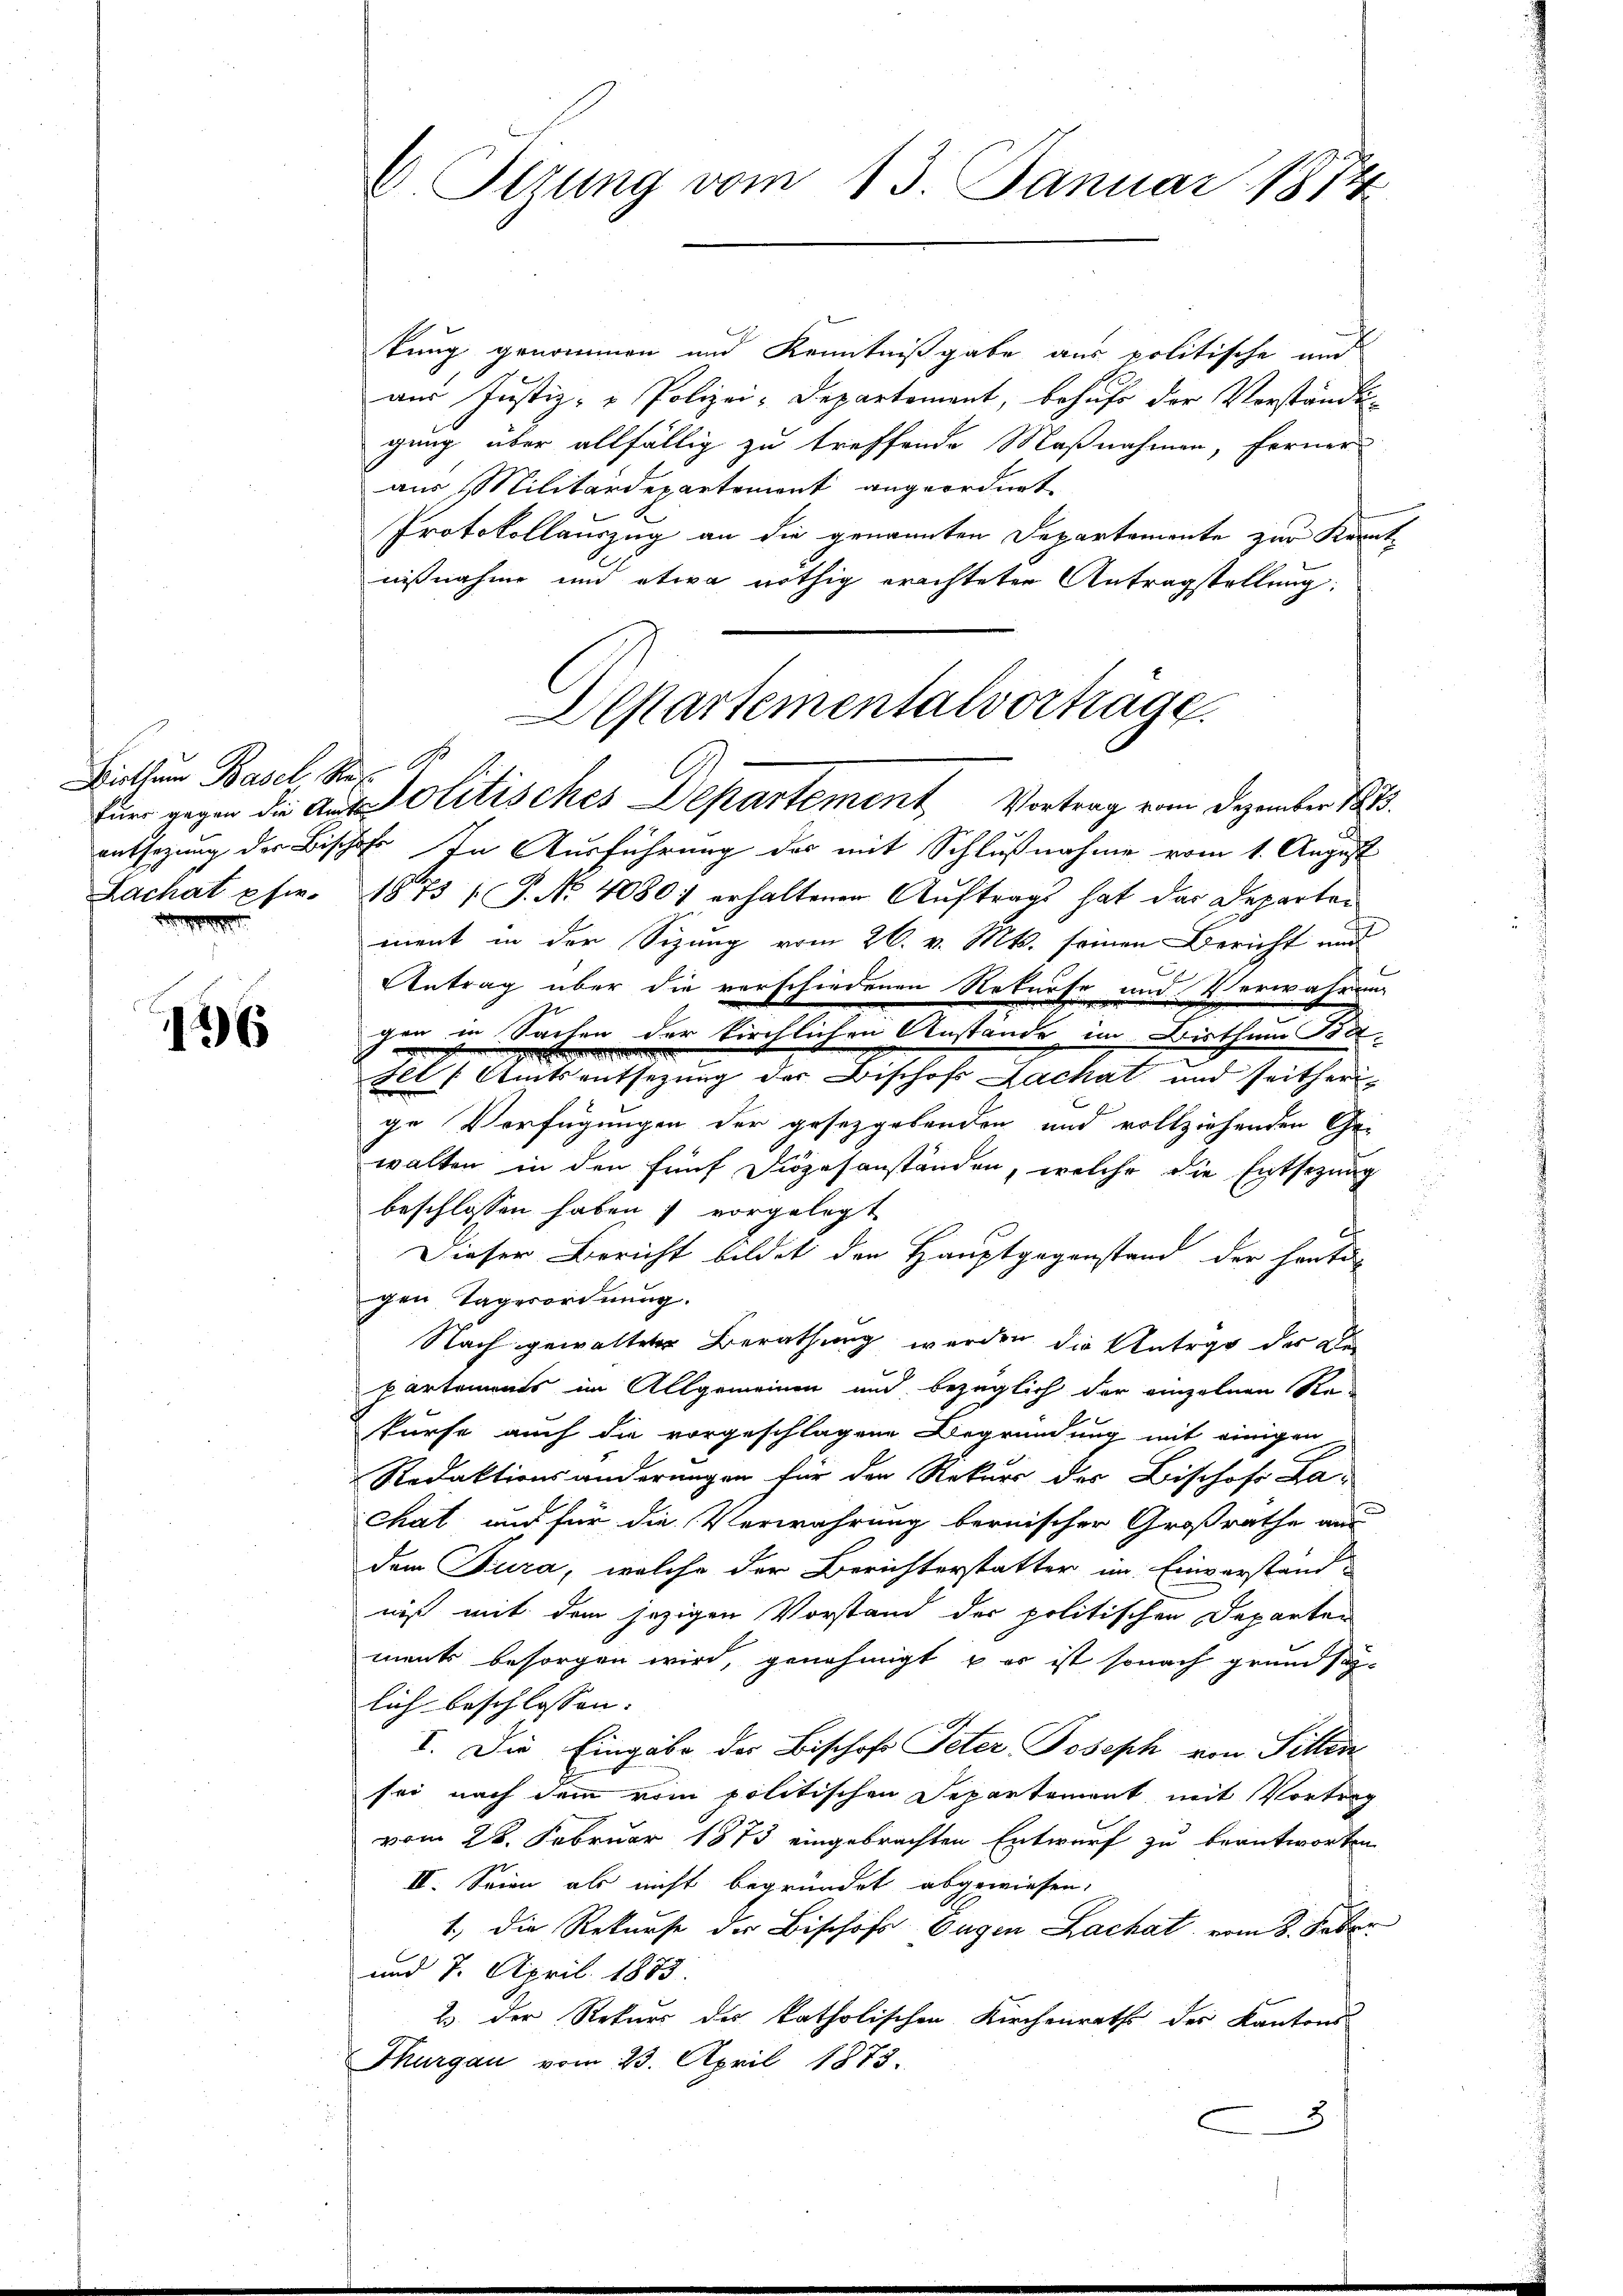
Bisthum Basel Res

176

kung genommen und Kenntnißgabe aus politische und
aŭs Justiz- u Polizei-Departement, behŭfs der Verständi
gung über allfällig zu treffende Maßnahmen, ferner
aus Militärdepartement angeordnet.
Protokollauszug an die genannten Departemente zur Kenntnißnahme und etwa nöthig erachteten Antragstellung:
Fürr gegen die Auf Solitisches Departement, Vortrag vom Dezember 1883.
eussezung der Bischof In Ausführung des mit Schlußnahme vom 1. August
Lachat pfer. 1875 P. No 40801 erhaltenen Aŭftrags hat das Departen
ment in der Sizung vom 26. v. Mts. seinen Bericht und
Antrag über die verschiedenen Rekurse und Verwahrung
gen in Sachen der kirchlichen Anstände im Bisthum Tod
.
Fel (Amtsentsezung der Bischof Zachat und seitherige Verfügungen der gesetzgebenden und vollziehenden Gewalten in den fünf Diözesanständen, welche die Entsezung
beschlossen haben; vorgelegt
Dieser Bericht bildet den Hauptgegenstand der heutigen Tagesordnung.
Nach gewalteter Berathung werden die Antrag der Di
partements im Allgemeinen und bezüglich der einzelnen Rekurse auch die vorgeschlagene Begründung mit einigen
Redaktionsänderungen für den Rekurs der Bischof La-
chat und für die Verwahrung bernischer Großrathe aus
dem Jura, welche der Berichterstatter im Einverstand
niß mit dem jezigen Vorstand der politischen Departen
ments besorgen wird, genehmigt & es ist sonach grundsaz-
lich beschlossen. |
V. Die Eingabe der Bischof Peter Joseph von Sitten
sei nach dem vom politischen Departement mit Vortrag
vom 28. Februar 1873 eingebrachten Entwurf zu beantworten
III. Seien als nicht begründet abgewiesen.
1., die Rekurse der Bischofs Eugen Lachat vom 8. Feber
und 7. April 1875.
2 der Rekurs der katholischen Kirchenrathe des Kantons
Thurgau vom 23. April 1873.
3

E Setzung vom 13. Januar 1814

Departementalvorträge.